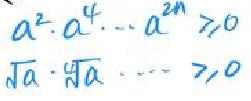
\begin{align*}
a^{2}\cdot a^{4}\cdots a^{2n}&\geq0\\
\sqrt{a}\cdot\sqrt[4]{a}\cdots&\geq0
\end{align*}